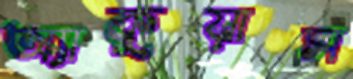
অ্যাকুয়াস